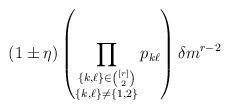
LaTeX: \begin{align*} (1\pm \eta)\left(\prod_{\substack{\{k,\ell\}\in\binom{[r]}{2}\\ \{k,\ell\}\neq\{1,2\}}} p_{k\ell}\right) \delta m^{r-2} \end{align*}